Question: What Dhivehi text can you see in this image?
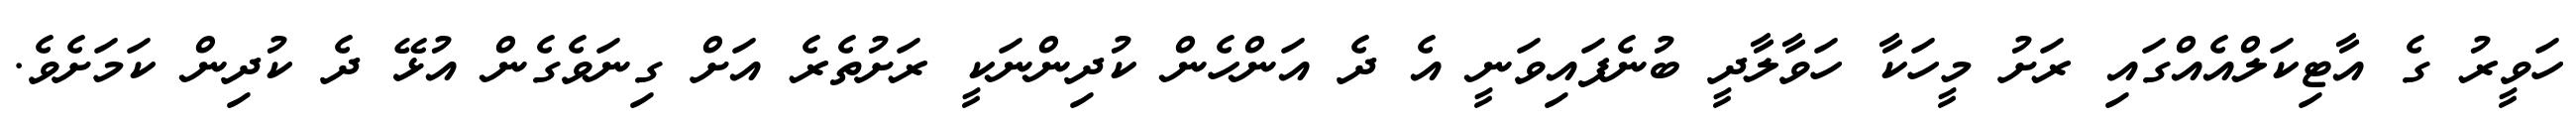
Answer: ހަވީރު ގެ އާޓިކަލްއެއްގައި ރަށު މީހަކާ ހަވާލާދީ ބުނެފައިވަނީ އެ ދެ އަންހެން ކުދިންނަކީ ރަށުތެރެ އަށް ގިނަވެގެން އުޅޭ ދެ ކުދިން ކަމަށެވެ.